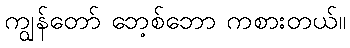
ကျွန်တော် ဘေ့စ်ဘော ကစားတယ်။